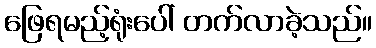
ဖြေရမည့်ရုံးပေါ် တက်လာခဲ့သည်။